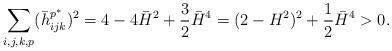
LaTeX: \begin{align*}\sum_{i,j,k,p}(\bar h^{p^{\ast}}_{ijk})^2=4-4\bar H^2+\frac{3}{2}\bar H^4=(2-H^2)^2+\dfrac12\bar H^4>0.\end{align*}